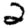
Digit: 2